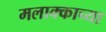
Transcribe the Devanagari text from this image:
मलाक्काच्या